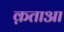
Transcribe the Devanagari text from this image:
क़ताआ